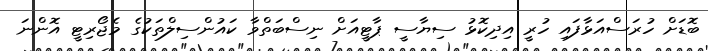
ބޮޑަށް ހުރަސްއަޅާފައި ހުރީ އިދިކޮޅު ސިޔާސީ ޕާޓީއަށް ނިސްބަތްވާ ކައުންސިލްތަކުގެ މެޖޯރިޓީ އޮންނަ